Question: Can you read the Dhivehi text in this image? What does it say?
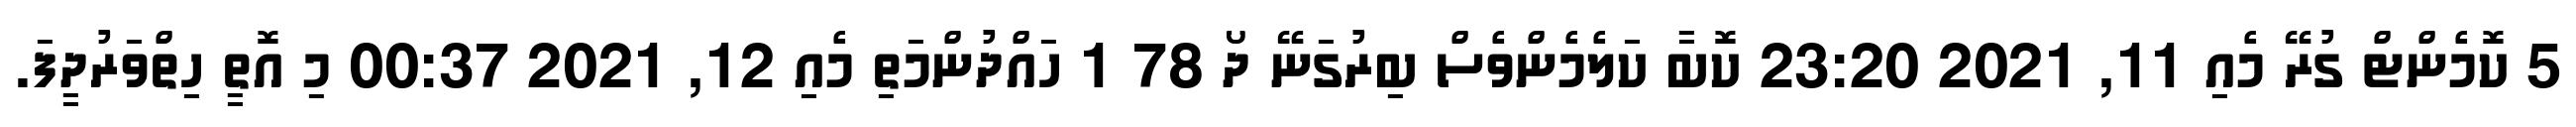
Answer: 5 ކޮމެންޓް ގުރޭ މެއި 11, 2021 23:20 ކޮބާ ކަލެމެންވެސް ބިރުގަނޭ ދޯ 78 1 ހައްދުންމަތި މެއި 12, 2021 00:37 މި އޮތީ ހިތްވަރުދީފަ.